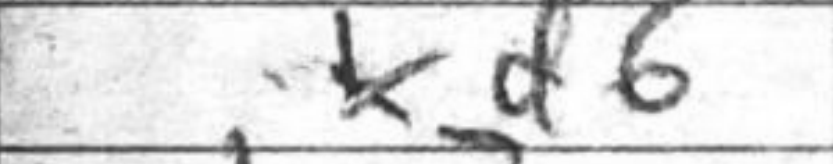
Transcription: d6